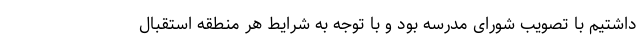
داشتیم با تصویب شورای مدرسه بود و با توجه به شرایط هر منطقه استقبال